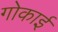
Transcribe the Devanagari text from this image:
गोकाई